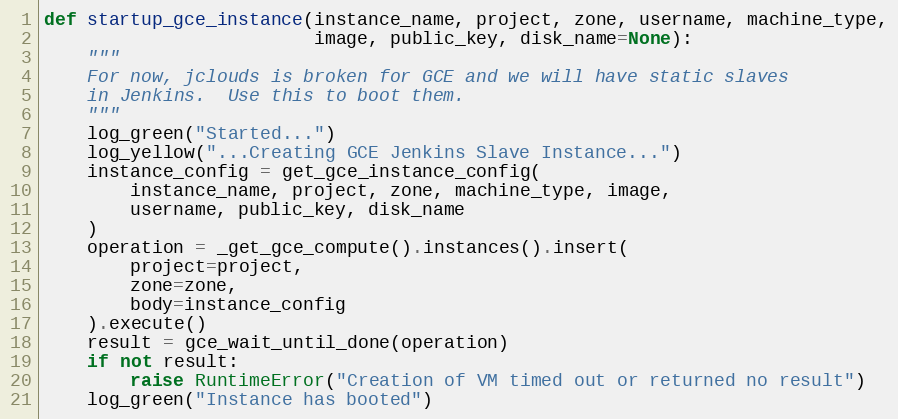
Language: Python
def startup_gce_instance(instance_name, project, zone, username, machine_type,
                         image, public_key, disk_name=None):
    """
    For now, jclouds is broken for GCE and we will have static slaves
    in Jenkins.  Use this to boot them.
    """
    log_green("Started...")
    log_yellow("...Creating GCE Jenkins Slave Instance...")
    instance_config = get_gce_instance_config(
        instance_name, project, zone, machine_type, image,
        username, public_key, disk_name
    )
    operation = _get_gce_compute().instances().insert(
        project=project,
        zone=zone,
        body=instance_config
    ).execute()
    result = gce_wait_until_done(operation)
    if not result:
        raise RuntimeError("Creation of VM timed out or returned no result")
    log_green("Instance has booted")